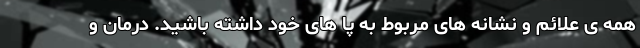
همه ی علائم و نشانه های مربوط به پا های خود داشته باشید. درمان و